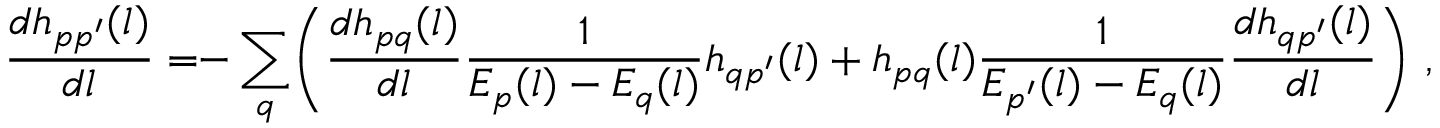
\frac { d h _ { p p ^ { \prime } } ( l ) } { d l } = \! \! - \sum _ { q } \! \left( \frac { d h _ { p q } ( l ) } { d l } \frac { 1 } { E _ { p } ( l ) - E _ { q } ( l ) } h _ { q p ^ { \prime } } ( l ) + h _ { p q } ( l ) \frac { 1 } { E _ { p ^ { \prime } } ( l ) - E _ { q } ( l ) } \frac { d h _ { q p ^ { \prime } } ( l ) } { d l } \right) \, ,